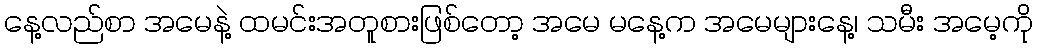
နေ့လည်စာ အမေနဲ့ ထမင်းအတူစားဖြစ်တော့ အမေ မနေ့က အမေများနေ့၊ သမီး အမေ့ကို